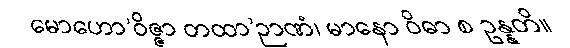
မောဟော’ဝိဇ္ဇာ တထာ’ဉာဏံ၊ မာနော ဝိဓာ စ ဥန္နတိ။